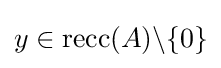
y\in \operatorname {recc} (A)\backslash \{0\}